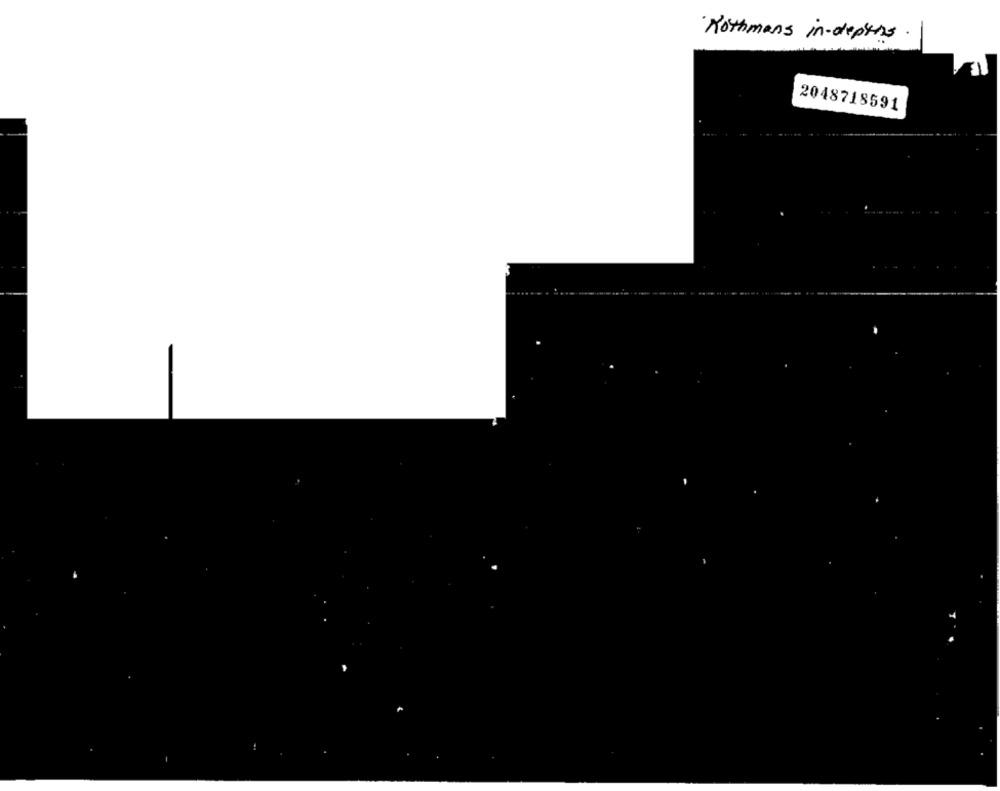
Rothmans in-depths
2048718591